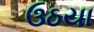
ઉઠયા